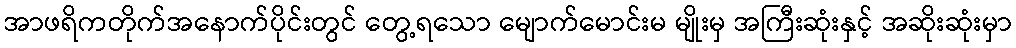
အာဖရိကတိုက်အနောက်ပိုင်းတွင် တွေ့ရသော မျောက်မောင်းမ မျိုးမှ အကြီးဆုံးနှင့် အဆိုးဆုံးမှာ